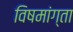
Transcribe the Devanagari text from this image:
विषमांग्ता